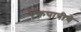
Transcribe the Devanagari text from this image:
एकपात्रीचे